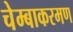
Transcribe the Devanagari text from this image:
चेम्बाकरमण